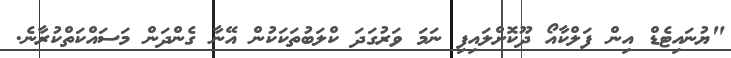
"ޔުނައިޓެޑް އިން ފަލްކާއޯ ދޫކޮށްލައިފި ނަމަ ވަރުގަދަ ކްލަބުތަކަކުން އޭނާ ގެންދަން މަސައްކަތްކުރާނެ.